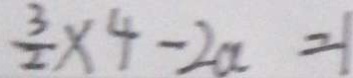
\frac { 3 } { 2 } \times 4 - 2 a = 1